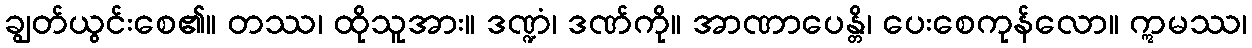
ချွတ်ယွင်းစေ၏။ တဿ၊ ထိုသူအား။ ဒဏ္ဍံ၊ ဒဏ်ကို။ အာဏာပေန္တိ၊ ပေးစေကုန်လော။ ဣမဿ၊